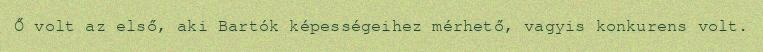
Ő volt az első, aki Bartók képességeihez mérhető, vagyis konkurens volt.